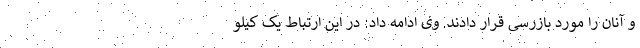
و آنان را مورد بازرسی قرار دادند. وی ادامه داد: در این ارتباط یک کیلو